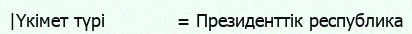
|Үкімет түрі            = Президенттік республика